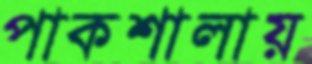
পাকশালায়